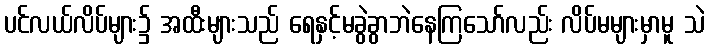
ပင်လယ်လိပ်များ၌ အထီးများသည် ရေနှင့်မခွဲခွာဘဲနေကြသော်လည်း လိပ်မများမှာမူ သဲ